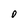
Character: O